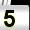
Digit: 5